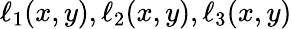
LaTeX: \ell_{1}(x,y),\ell_{2}(x,y),\ell_{3}(x,y)